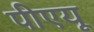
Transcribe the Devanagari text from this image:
पीएयू